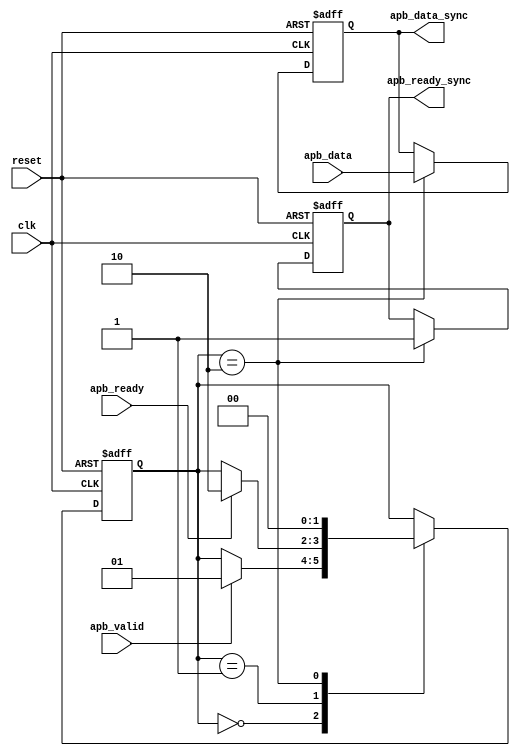
module timing_control_and_synchronization(
    input wire clk,
    input wire reset,
    input wire apb_ready,
    input wire apb_valid,
    input wire [7:0] apb_data,
    output reg apb_ready_sync,
    output reg [7:0] apb_data_sync
);

reg [1:0] state;
parameter IDLE = 0, SYNC = 1, PROCESS = 2;

always @(posedge clk or posedge reset) begin
    if (reset) begin
        state <= IDLE;
        apb_data_sync <= 8'b0;
        apb_ready_sync <= 1'b0;
    end else begin
        case(state)
            IDLE: begin
                if(apb_valid) begin
                    state <= SYNC;
                end
            end
            SYNC: begin
                if(apb_ready) begin
                    state <= PROCESS;
                end
            end
            PROCESS: begin
                apb_ready_sync <= 1'b1;
                apb_data_sync <= apb_data;
                state <= IDLE;
            end
        endcase
    end
end

endmodule